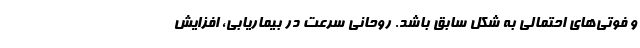
و فوتی‌های احتمالی به شکل سابق باشد. روحانی سرعت در بیماریابی، افزایش